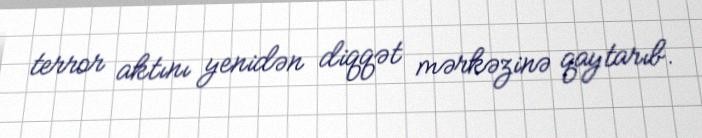
terror aktını yenidən diqqət mərkəzinə qaytarıb.